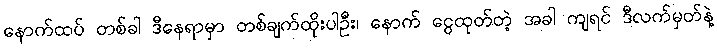
နောက်ထပ် တစ်ခါ ဒီနေရာမှာ တစ်ချက်ထိုးပါဦး၊ နောက် ငွေထုတ်တဲ့ အခါ ကျရင် ဒီလက်မှတ်နဲ့